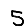
Digit: 5